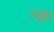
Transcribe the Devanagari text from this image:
त्‍यौं